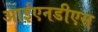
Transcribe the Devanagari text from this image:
आईएनडीएस